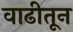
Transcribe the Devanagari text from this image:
वाढीतून